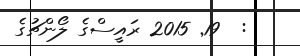
:  19